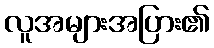
လူအများအပြား၏